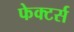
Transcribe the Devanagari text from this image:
फेक्टर्स